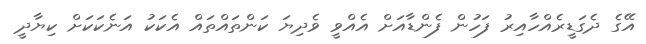
އޭގެ ދެގަޑީރެއްހާއިރު ފަހުން ފެންޑާއަށް އެއްވީ ވެދިޔަ ކަންތައްތައް އެކަކު އަނެކަކަށް ކިޔާދީ